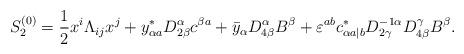
LaTeX: \begin{align*}S^{(0)}_2={1\over2}x^i\Lambda_{ij}x^j+y^*_{\alpha a}D^\alpha_{2\beta}c^{\beta a}+\bar{y}_\alpha D^\alpha_{4\beta}B^\beta+\varepsilon^{ab}c^*_{\alpha a|b}D^{-1\alpha}_{2\gamma}D^\gamma_{4\beta}B^\beta.\end{align*}